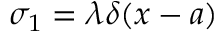
\sigma _ { 1 } = \lambda \delta ( x - a )